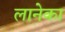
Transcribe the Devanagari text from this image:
लानेका